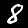
Label: 8